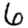
Digit: 6